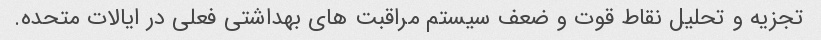
تجزیه و تحلیل نقاط قوت و ضعف سیستم مراقبت های بهداشتی فعلی در ایالات متحده.